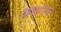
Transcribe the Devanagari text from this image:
अधर्मावर